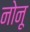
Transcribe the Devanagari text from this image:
नोनू